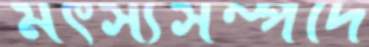
মৎস্যসম্পদে